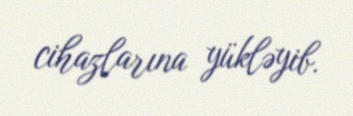
cihazlarına yükləyib.